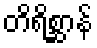
တိရိစ္ဆာန်